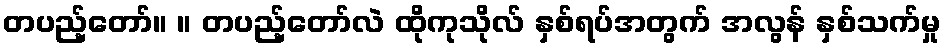
တပည့်တော်။ ။ တပည့်တော်လဲ ထိုကုသိုလ် နှစ်ရပ်အတွက် အလွန် နှစ်သက်မှု